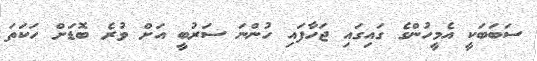
ސަބަބަކީ އެމީހުންގެ ގައިގައި ޖަހާފައި ހުންނަ ސަރުބީ އަށް ވުރެ ބޮޑަށް ހަކަތަ